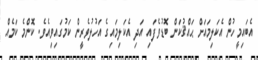
އެބައިމީހުން އެކަލިމައަށް ޙައްޤުކަން ބޮޑުވެފައި އަދި އެކަލިމައިގެ އަހުލުވެރީން ކަމުގައިވިއެވެ. ކޮންމެ ކަމެއް